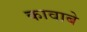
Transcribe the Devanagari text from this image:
कावाबे